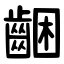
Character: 齫